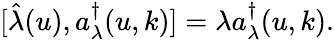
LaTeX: [\hat{\lambda}(u),a_{\lambda}^{\dagger}(u,k)]=\lambda a_{\lambda}^{\dagger}(u,k).